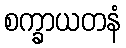
စက္ခာယတနံ